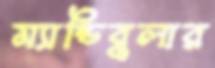
ম্যান্ডিবুলার